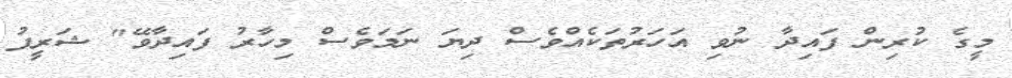
މީގެ ކުރިން ފައިދާ ނުވި އަހަރުތަކެއްވެސް ދިޔަ ނަމަވެސް މިހާރު ފައިދާވޭ" ޝަރީފު